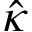
\hat { \kappa }